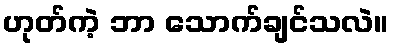
ဟုတ်ကဲ့ ဘာ သောက်ချင်သလဲ။